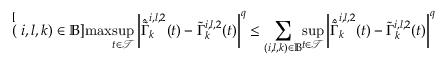
\stackrel [ ( i , l , k ) \in \mathbb { B } ] { \operatorname* { m a x } } \underset { t \in \mathcal { T } } { \operatorname* { s u p } } \left| \hat { \tilde { \Gamma } } _ { k } ^ { i , l , 2 } ( t ) - \tilde { \Gamma } _ { k } ^ { i , l , 2 } ( t ) \right| ^ { q } \leq \underset { ( i , l , k ) \in \mathbb { B } } { \sum } \underset { t \in \mathcal { T } } { \operatorname* { s u p } } \left| \hat { \tilde { \Gamma } } _ { k } ^ { i , l , 2 } ( t ) - \tilde { \Gamma } _ { k } ^ { i , l , 2 } ( t ) \right| ^ { q }